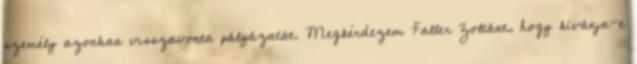
személy azonban visszavonta pályázatát. Megkérdezem Faller Zoltánt, hogy kívánja-e